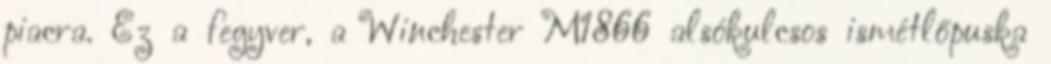
piacra. Ez a fegyver, a Winchester M1866 alsókulcsos ismétlőpuska